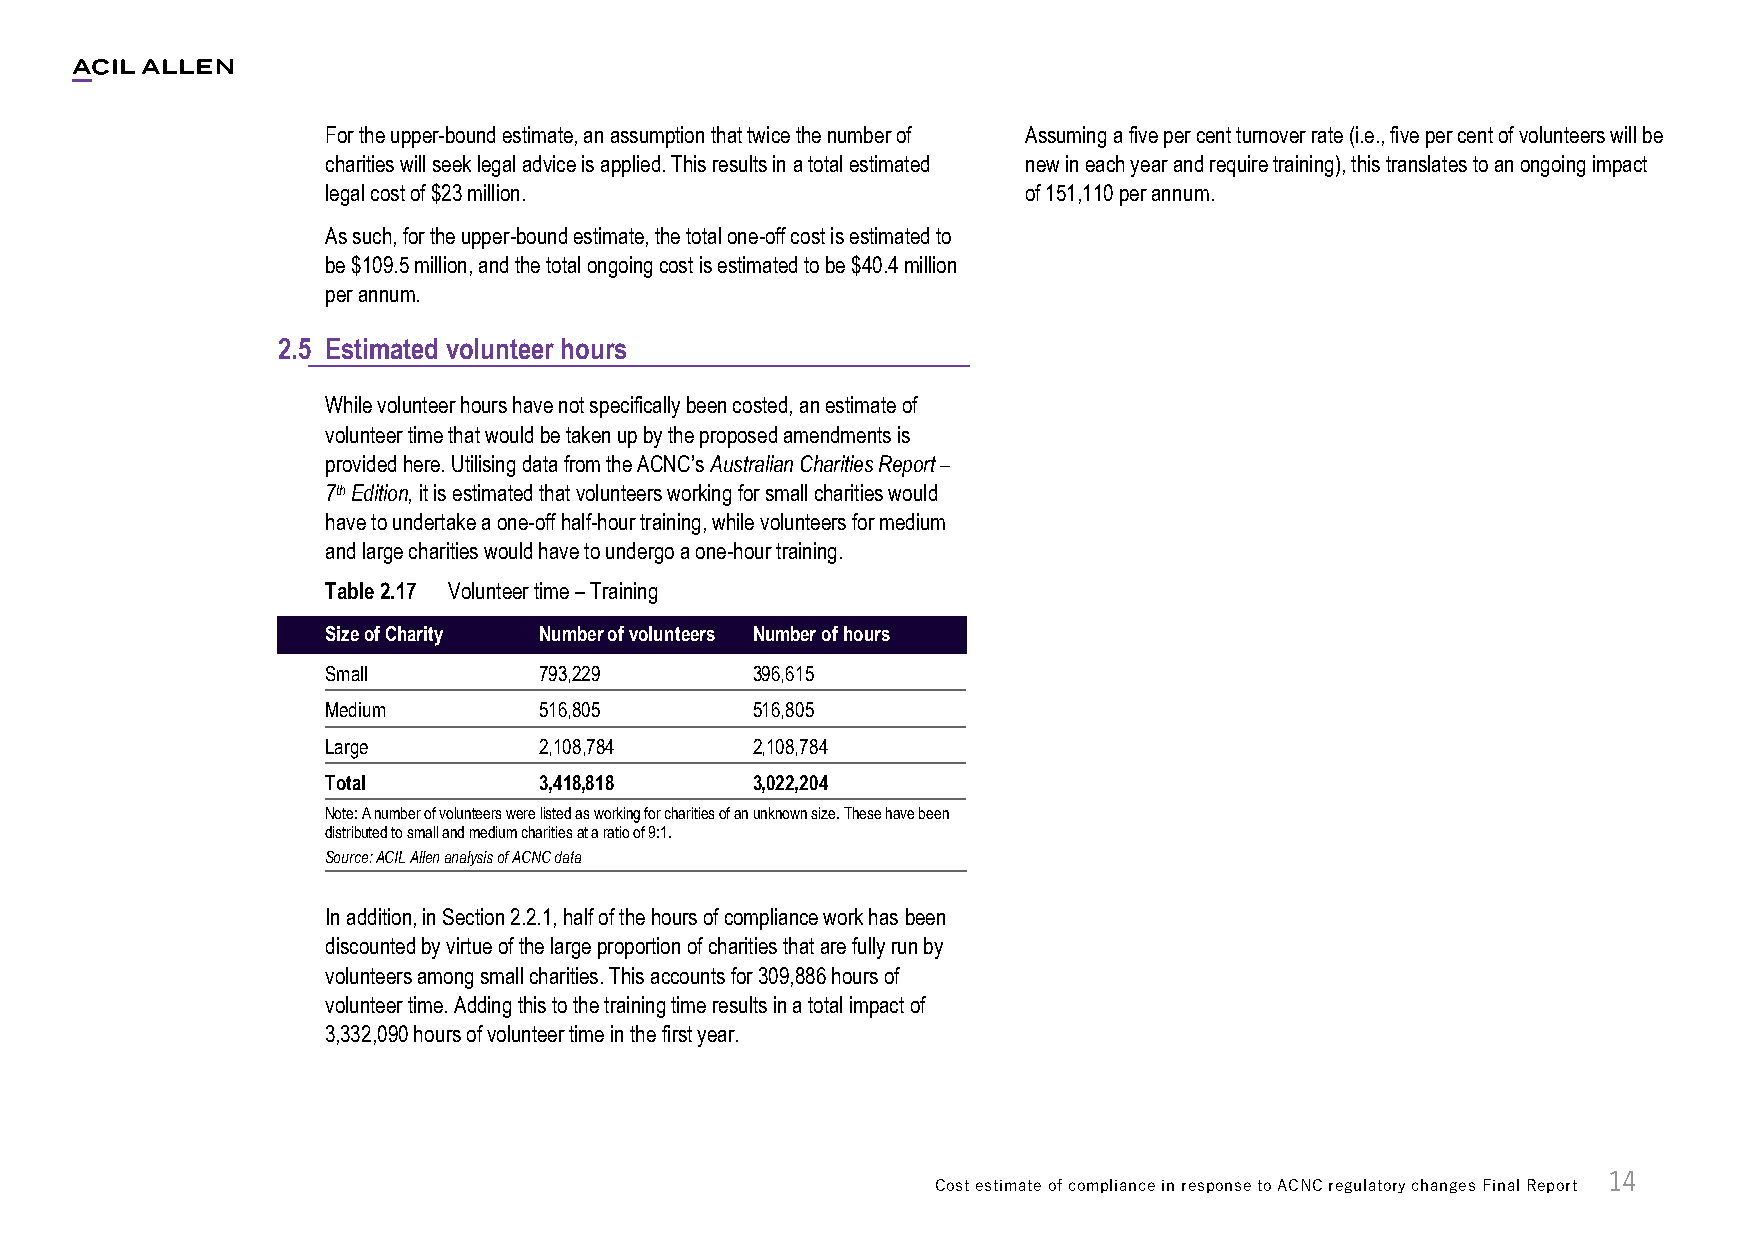
For the upper-bound estimate, an assumption that twice the number of Assuming a five per cent turnover rate (i.e., five per cent of volunteers will be
 charities will seek legal advice is applied. This results in a total estimated new in each year and require training), this translates to an ongoing impact
 legal cost of $23 million.                    of 151,110 per annum.
 As such, for the upper-bound estimate, the total one-off cost is estimated to
 be $109.5 million, and the total ongoing cost is estimated to be $40.4 million
 per annum.
 2.5 Estimated volunteer hours
 While volunteer hours have not specifically been costed, an estimate of
 volunteer time that would be taken up by the proposed amendments is
 provided here. Utilising data from the ACNC’s Australian Charities Report –
 7th Edition, it is estimated that volunteers working for small charities would
 have to undertake a one-off half-hour training, while volunteers for medium
 and large charities would have to undergo a one-hour training.
 Table 2.17 Volunteer time – Training
 Size of Charity Number of volunteers Number of hours
 Small         793,229       396,615
 Medium        516,805       516,805
 Large         2,108,784     2,108,784
 Total         3,418,818     3,022,204
 Note: A number of volunteers were listed as working for charities of an unknown size. These have been
 distributed to small and medium charities at a ratio of 9:1.
 Source: ACIL Allen analysis of ACNC data
 In addition, in Section 2.2.1, half of the hours of compliance work has been
 discounted by virtue of the large proportion of charities that are fully run by
 volunteers among small charities. This accounts for 309,886 hours of
 volunteer time. Adding this to the training time results in a total impact of
 3,332,090 hours of volunteer time in the first year.
 14
 Cost estimate of compliance in response to ACNC regulatory changes Final Report